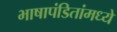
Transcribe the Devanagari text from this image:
भाषापंडितांमध्ये